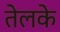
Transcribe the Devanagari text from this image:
तेलके